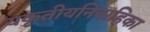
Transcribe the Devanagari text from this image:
यकृतीयनिवाहिका